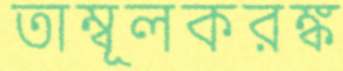
তাম্বূলকরঙ্ক